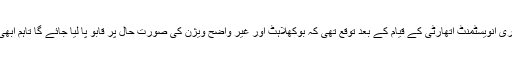
سال 2005 میں قطری انویسٹمنٹ اتھارٹی کے قیام کے بعد توقع تھی کہ بوکھلاہٹ اور غیر واضح ویژن کی صورت حال پر قابو پا لیا جائے گا تاہم ابھی تک ایسا نہ ہو سکا۔